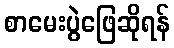
စာမေးပွဲဖြေဆိုရန်